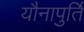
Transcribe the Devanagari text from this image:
यौनापुर्ति